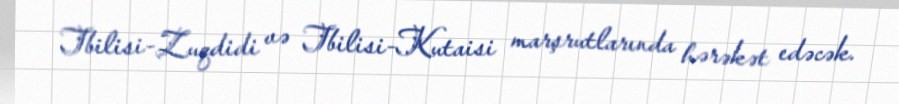
Tbilisi-Zuqdidi və Tbilisi-Kutaisi marşrutlarında hərəkət edəcək.